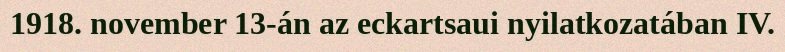
1918. november 13-án az eckartsaui nyilatkozatában IV.